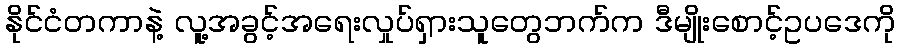
နိုင်ငံတကာနဲ့ လူ့အခွင့်အရေးလှုပ်ရှားသူတွေဘက်က ဒီမျိုးစောင့်ဥပဒေကို